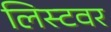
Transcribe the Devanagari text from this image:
लिस्टवर